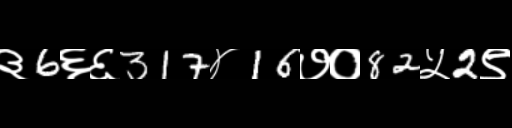
Text: ३6६६317४16७०82५2९